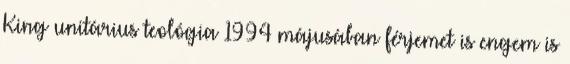
King unitárius teológia 1994 májusában férjemet is engem is